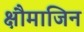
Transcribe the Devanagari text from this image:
क्षौमाजिन